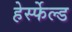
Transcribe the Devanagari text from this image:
हेर्स्फेल्ड